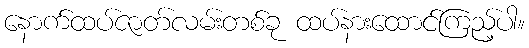
နောက်ထပ်ဇာတ်လမ်းတစ်ခု ထပ်နားထောင်ကြည့်ပါ။